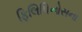
ફિલિપિનોસના